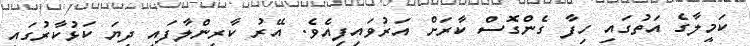
ކަމީލާގެ އަތުގައި ހިފާ ގެންގޮސް ކާރަށް އަރުވައިފިއެވެ. އޭރު ކާރިންލާފައި ދިޔަ ކަޅުކާރުގައި